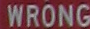
WRONG